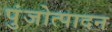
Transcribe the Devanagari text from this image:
पुंजोत्पादन